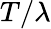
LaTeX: T/\lambda